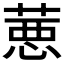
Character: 𦷢